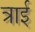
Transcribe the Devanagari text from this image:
त्राई